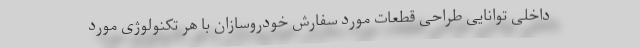
داخلی توانایی طراحی قطعات مورد سفارش خودروسازان با هر تکنولوژی مورد